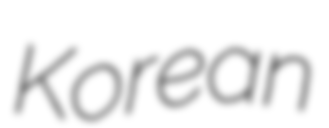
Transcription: Korean